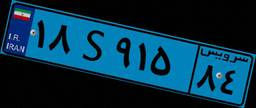
۸۱S۴۰۵۴۵